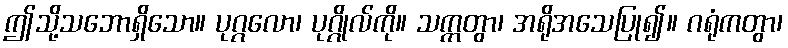
ဤသို့သဘောရှိသော။ ပုဂ္ဂလော၊ ပုဂ္ဂိုလ်ကို။ သက္ကတွာ၊ အရိုအသေပြု၍။ ဂရုံကတွာ၊